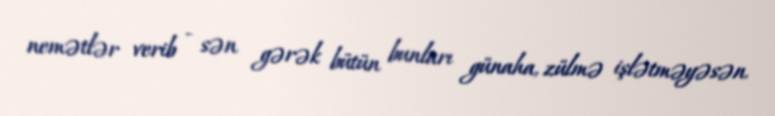
nemətlər verib - sən gərək bütün bunları günaha, zülmə işlətməyəsən.